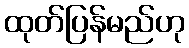
ထုတ်ပြန်မည်ဟု